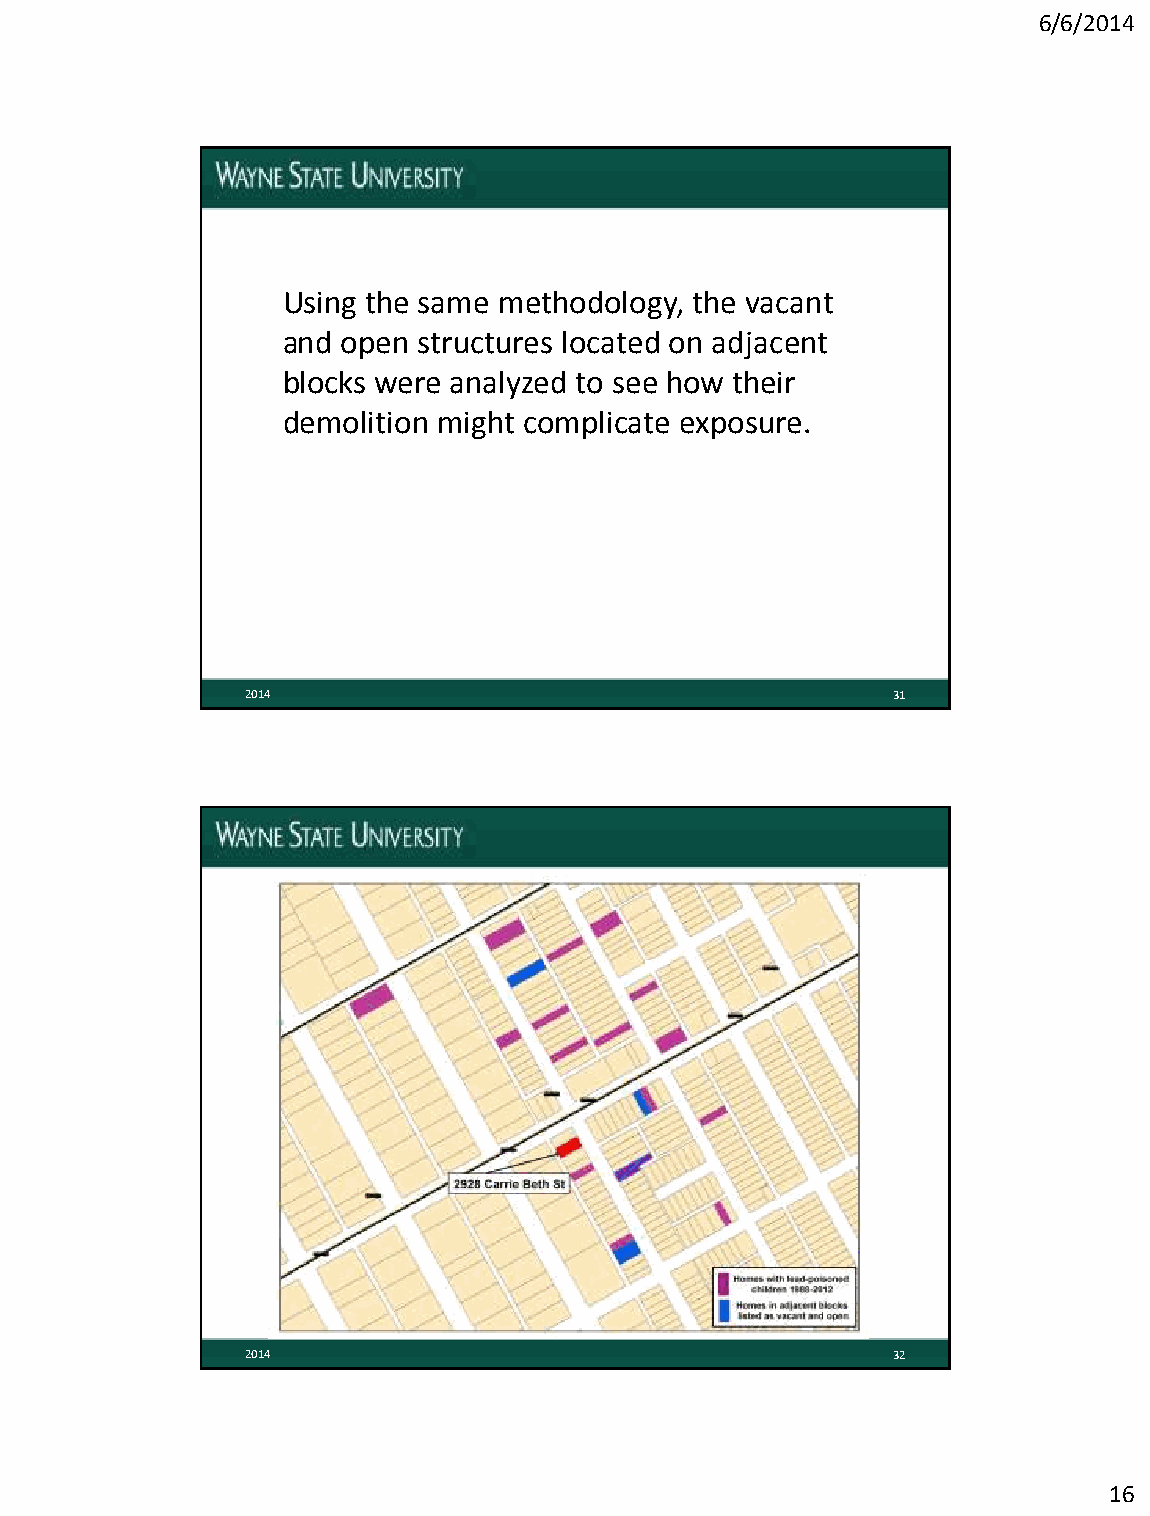
6/6/2014
 Using the same methodology, the vacant
 and open structures located on adjacent
 blocks were analyzed to see how their
 demolition might complicate exposure.
 2014                                       31
 2014                                       32
 16